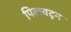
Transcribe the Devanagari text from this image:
पिळवटून